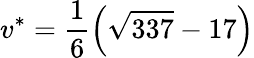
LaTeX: v^{*}=\frac{1}{6}\left(\sqrt{337}-17\right)